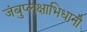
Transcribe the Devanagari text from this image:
जंबुप्लक्षाभिधानौ